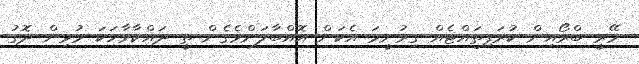
މޭރީ ބްރޯއިން ކުރަފިތައްޓެއް ގިރުނީމަ އެކަން އޮއްބާލަންވެގެން ތީ ދައްކާވާހަކަ މުޅިން ދޮގު